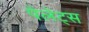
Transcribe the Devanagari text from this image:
पेलेट्स